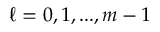
\ell = 0 , 1 , . . . , m - 1